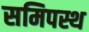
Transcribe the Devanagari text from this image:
समिपस्थ